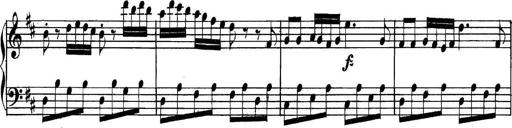
Title: Collected Piano Sonatas
Composer: Muzio Clementi